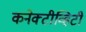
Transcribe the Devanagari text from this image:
कनेक्टीव्हिटी